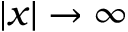
| x | \to \infty